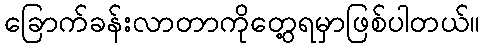
ခြောက်ခန်းလာတာကိုတွေ့ရမှာဖြစ်ပါတယ်။